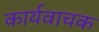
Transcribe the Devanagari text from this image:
कार्यवाचक